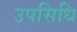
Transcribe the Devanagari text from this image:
उपसिधि